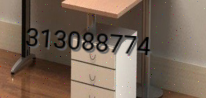
313088774